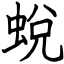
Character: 蛻